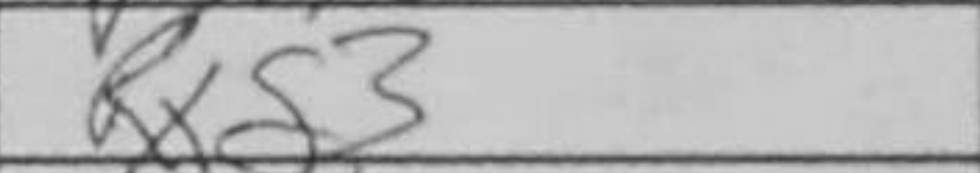
Transcription: Rxg3